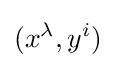
(x^{\lambda },y^{i})